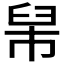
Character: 𦥡